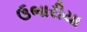
ઉભારીયા